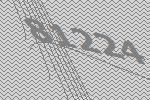
81224